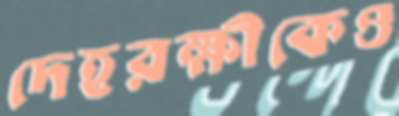
দেহরক্ষীকেও